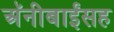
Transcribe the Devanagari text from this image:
अॅनीबाईंसह